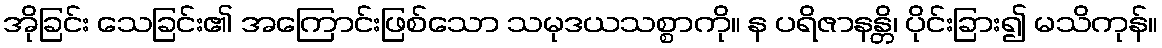
အိုခြင်း သေခြင်း၏ အကြောင်းဖြစ်သော သမုဒယသစ္စာကို။ န ပရိဇာနန္တိ၊ ပိုင်းခြား၍ မသိကုန်။